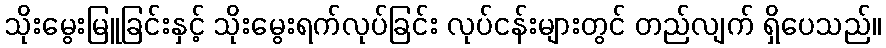
သိုးမွေးမြူခြင်းနှင့် သိုးမွေးရက်လုပ်ခြင်း လုပ်ငန်းများတွင် တည်လျက် ရှိပေသည်။